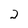
Character: 2